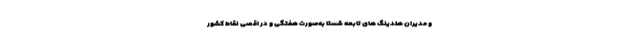
و مدیران هلدینگ های تابعه شستا به‌صورت هفتگی و در اقصی نقاط کشور